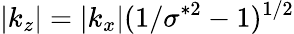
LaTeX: |k_{z}|=|k_{x}|(1/\sigma^{*2}-1)^{1/2}